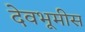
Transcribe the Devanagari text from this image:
देवभूमीस